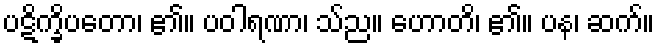
ပဋိက္ခိပတော၊ ၏။ ပဝါရဏာ၊ သ်ည။ ဟောတိ၊ ၏။ ပန၊ ဆက်။